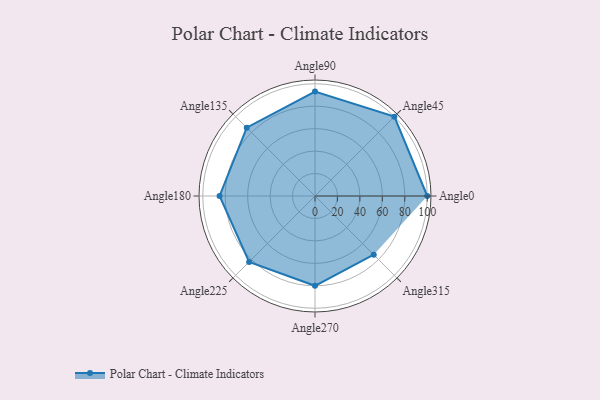
{"axis": {"x": "Angle", "y": "Radius"}, "legend": [""], "data": [{"x": "Angle0", "y": 100.0, "type": ""}, {"x": "Angle45", "y": 100.0, "type": ""}, {"x": "Angle90", "y": 93.0, "type": ""}, {"x": "Angle135", "y": 86.0, "type": ""}, {"x": "Angle180", "y": 85.0, "type": ""}, {"x": "Angle225", "y": 83.0, "type": ""}, {"x": "Angle270", "y": 80.0, "type": ""}, {"x": "Angle315", "y": 74.0, "type": ""}]}